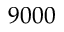
9 0 0 0